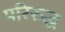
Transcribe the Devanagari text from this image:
परिरुद्ध